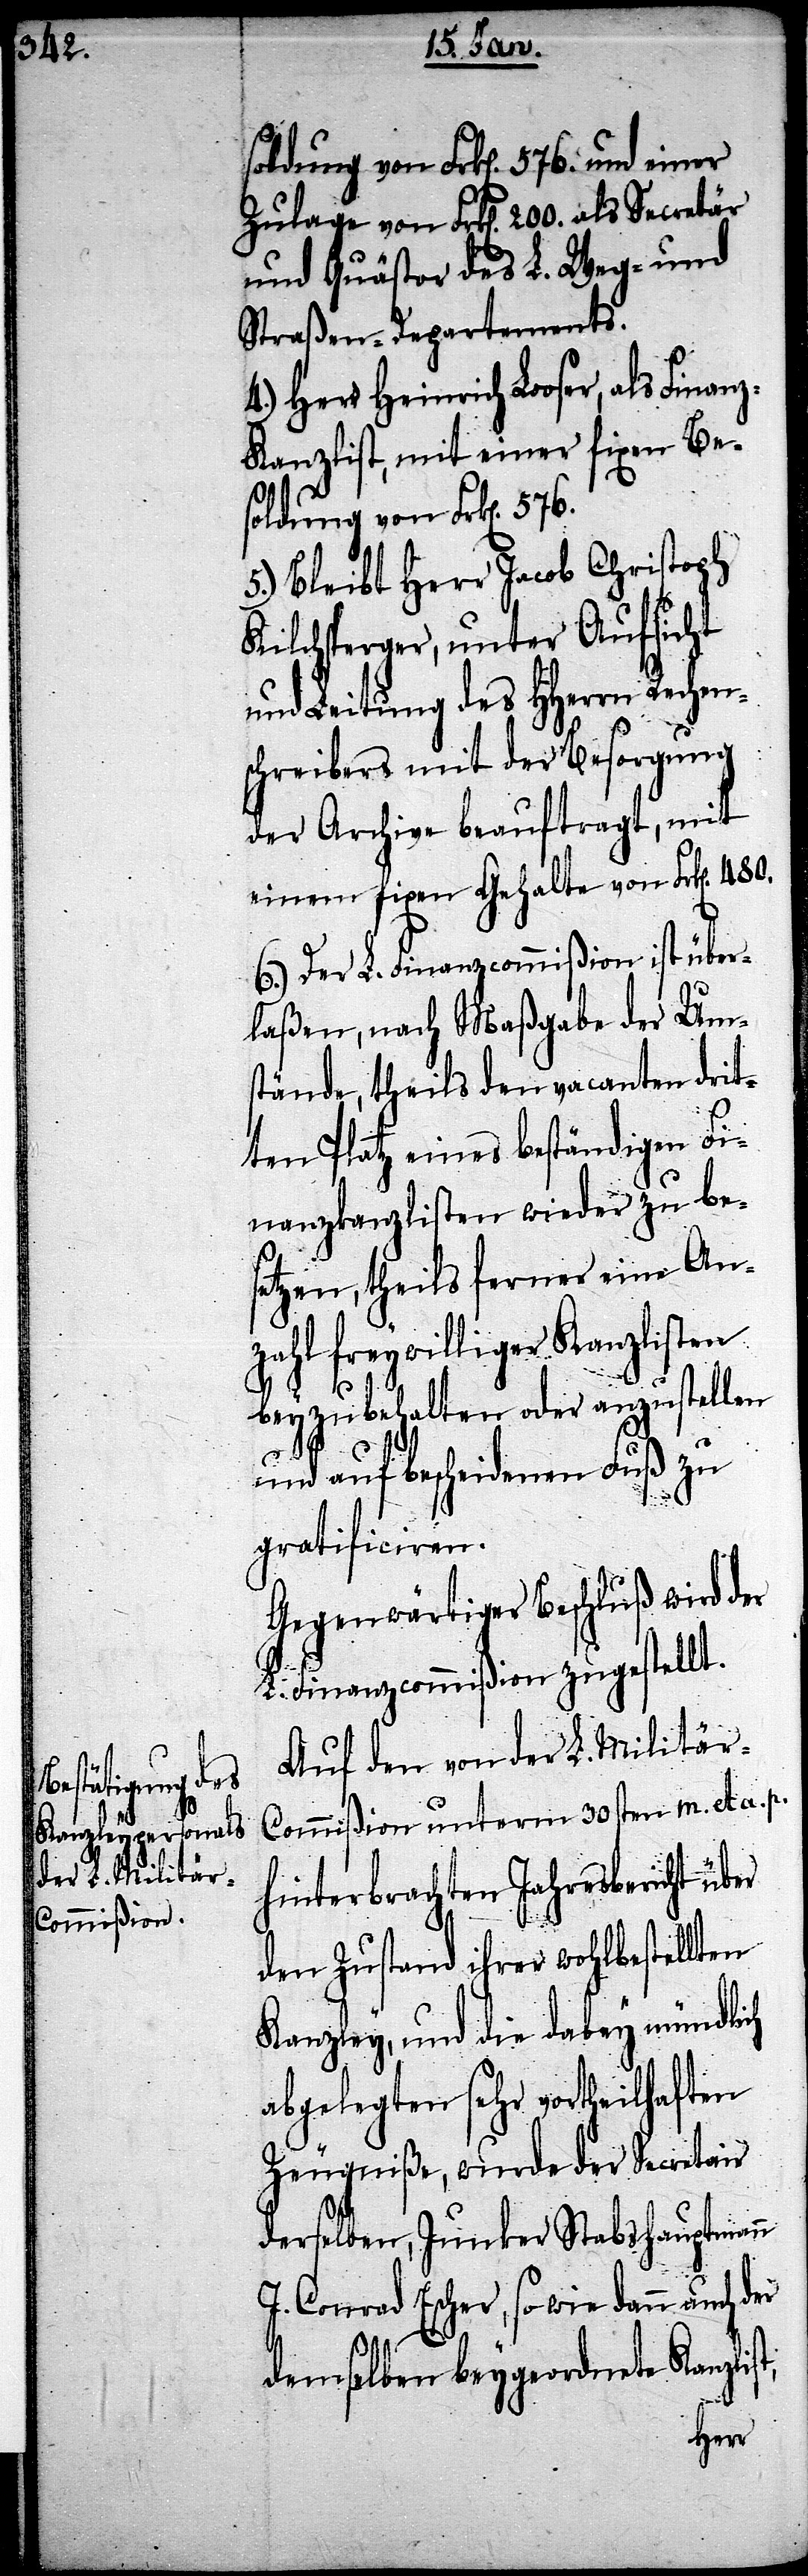
soldung von Frk[en]. 576. und einer
Zulage von Frk[en]. 200. als Secretär
und Quästor des L. Wege- und
Straßen-Departements.
4.) Herr Heinrich Looser, als Finan¬
z-Kanzlist, mit einer fixen Be¬
soldung von Frk[en].
5.) Bleibt Herr Jacob Christoph
Kilchsperger, unter Aufsicht
und Leitung des HHerrn Rechen¬
schreibers mit der Besorgung
der Archive beauftragt, mit
einem fixen Gehalte von Frk[en]. 480.
6.) Der L. Finanzcommißion ist über¬
laßen, nach Maßgabe der Um¬
stände, theils den vacanten drit¬
ten Platz eines beständigen Fi¬
nanzkanzlisten wieder zu be¬
setzen, theils ferner eine Anz¬
ahl freywilliger Kanzlisten
beyzubehalten oder anzustellen
und auf bescheidenen Fuß zu
gratificiren.
Gegenwärtiger Beschluß wird der
L. Finanzcommißion zugestellt.
Auf den von der L. Militär-C¬
ommißion unterm 30sten m. et a. p.
hinterbrachten Jahresbericht über
den Zustand ihrer wohlbestellten
Kanzley, und die dabei mündlich
abgelegten sehr vortheilhaften
Zeugniße, wurde der Secretair
derselben, Junker Stabshauptmann
J. Conrad Escher, so wie dann auch der
demselben beygeordnete Kanzlist,